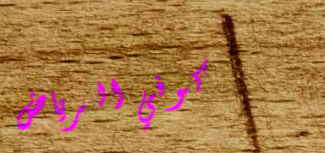
كوفي الرياض